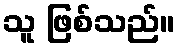
သူ ဖြစ်သည်။